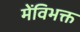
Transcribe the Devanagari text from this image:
मेंविभक्त